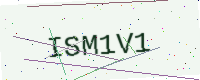
Text: ISM1V1